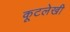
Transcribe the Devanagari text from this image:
कूटलेखी